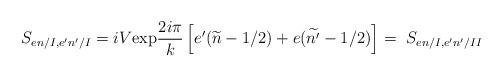
LaTeX: \begin{align*}S_{en/I,e'n'/I}=iV\mbox{exp}\frac{2i\pi}{k}\left[e'(\widetilde{n}-1/2)+e(\widetilde{n'}-1/2)\right]=\ S_{en/I,e'n'/II}\end{align*}